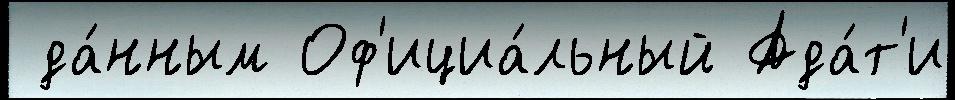
 да́нным Оф'ициа́льный Ада́т'и